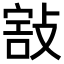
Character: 𢾒